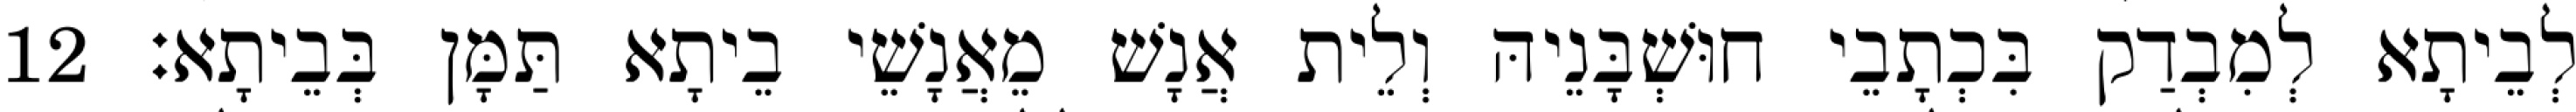
לְבֵיתָא לְמִבְדַק בִּכְתָבֵי חוּשְׁבָּנֵיהּ וְלֵית אֲנָשׁ מֵאֲנָשֵׁי בֵיתָא תַּמָּן בְּבֵיתָא׃ 12